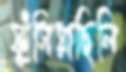
ফুঁসিয়াছিলি